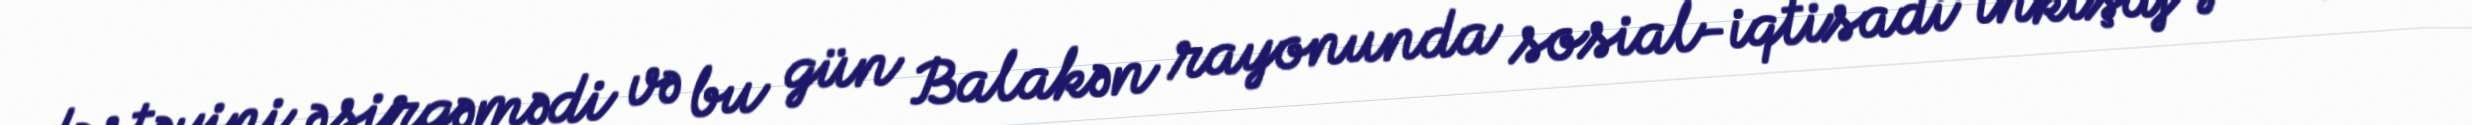
dəstəyini əsirgəmədi və bu gün Balakən rayonunda sosial-iqtisadi inkişaf yaxşı